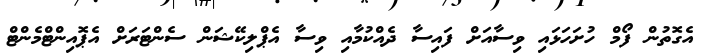
އެގޮތުން ފޯމް ހުށަހަޅައި ވިސާއަށް ފައިސާ ދެއްކުމާއި ވިސާ އެޕްލިކޭޝަން ސެންޓަރަށް އެޕޮއިންޓްމެންޓް